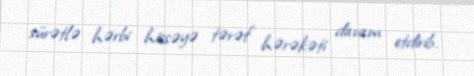
sürətlə hərbi hissəyə tərəf hərəkəti davam etdirib.